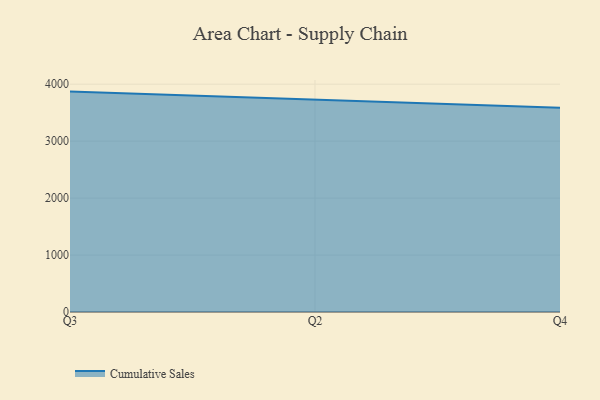
{"axis": {"x": "Quarter", "y": "LTV (USD)"}, "legend": ["Cumulative Sales"], "data": [{"x": "Q3", "y": 3870.1, "type": "Cumulative Sales"}, {"x": "Q2", "y": 3728.6, "type": "Cumulative Sales"}, {"x": "Q4", "y": 3588.2, "type": "Cumulative Sales"}]}